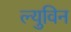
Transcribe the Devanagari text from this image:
ल्युविन